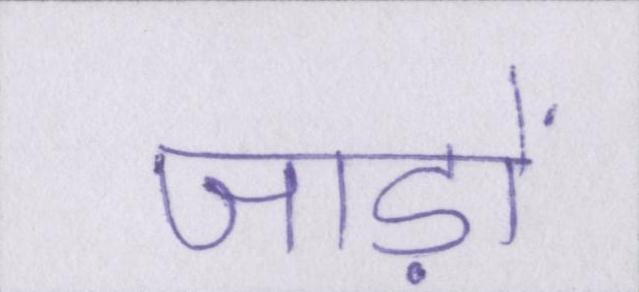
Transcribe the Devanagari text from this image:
जाड़ों